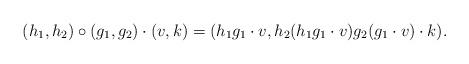
LaTeX: \begin{align*} (h_1,h_2) \circ (g_1,g_2) \cdot (v,k)& = (h_1 g_1 \cdot v , h_2 ( h_1 g_1\cdot v) g_{2} ( g_1 \cdot v) \cdot k).\end{align*}